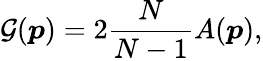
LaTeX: \mathcal{G}(\boldsymbol{p})=2\frac{N}{N-1}A(\boldsymbol{p}),